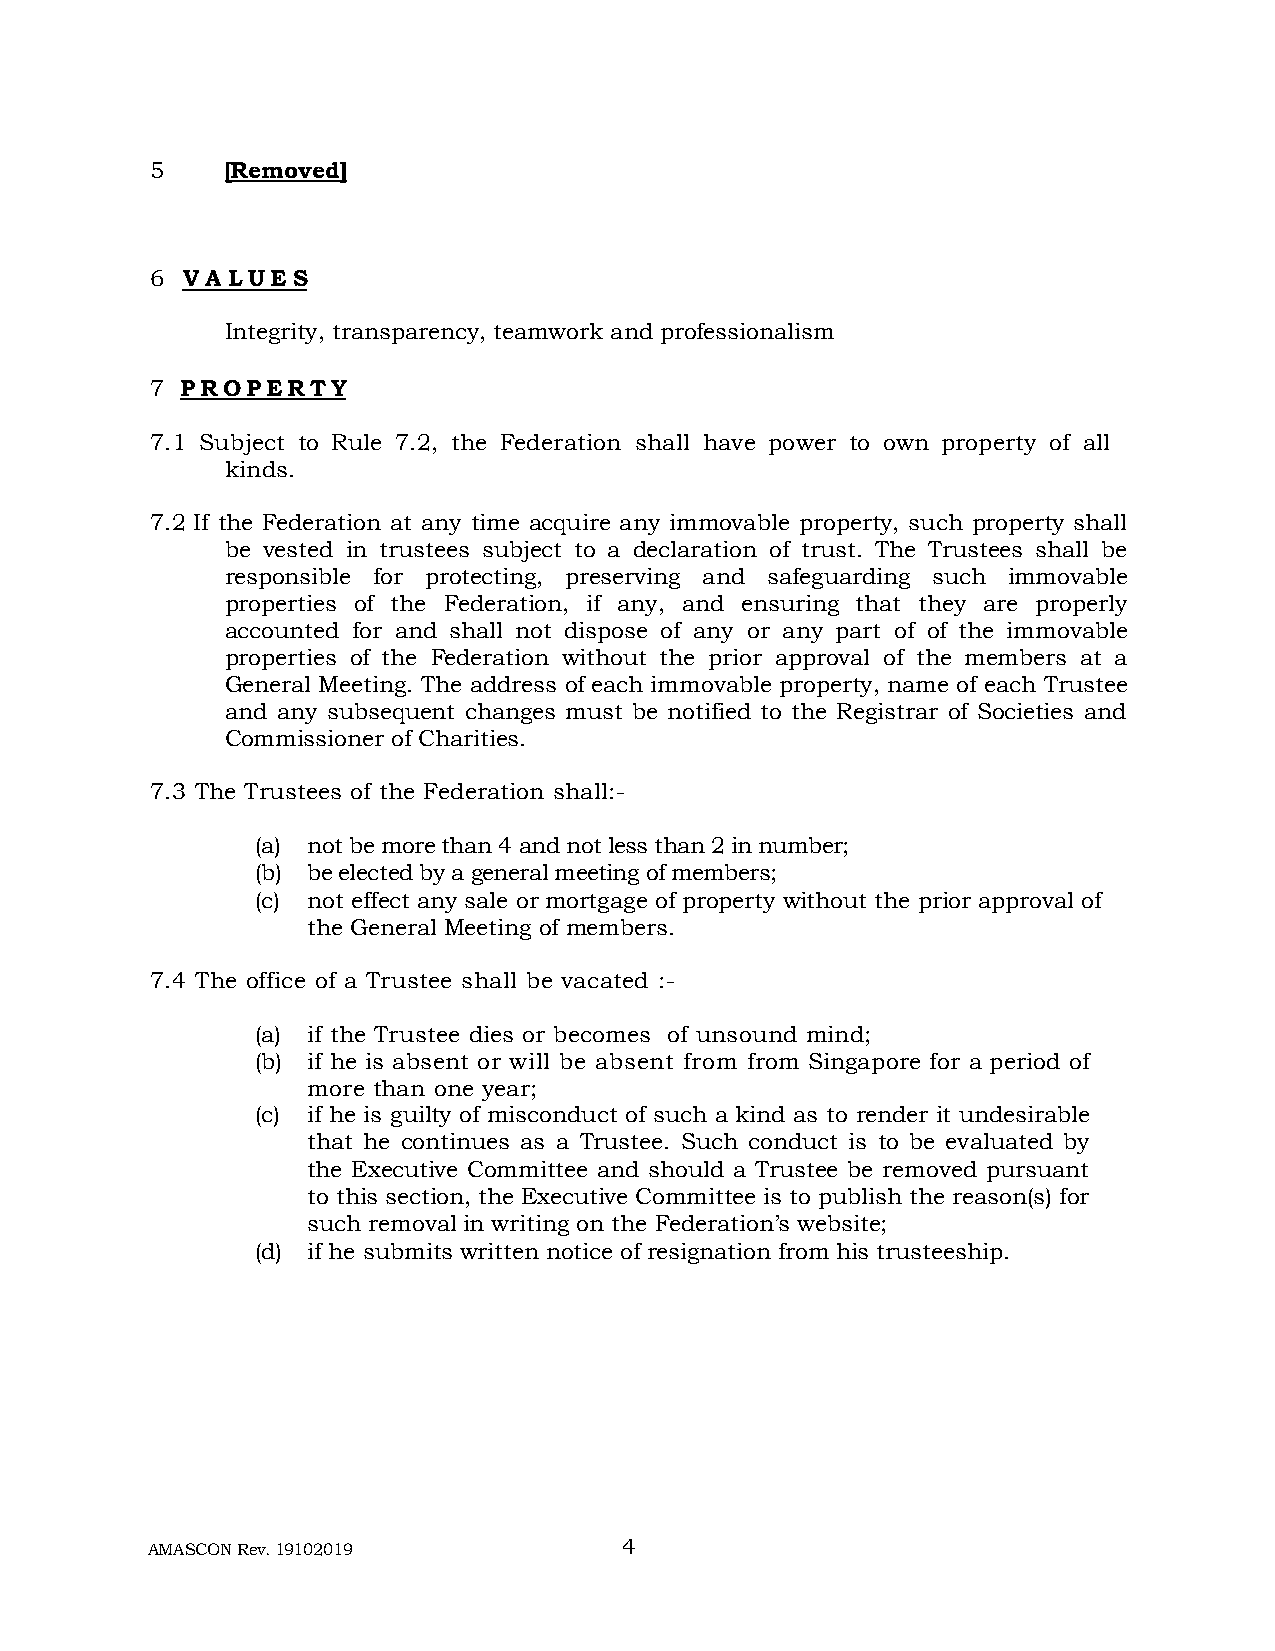
5    [Removed]
 6 V A L U E S
 Integrity, transparency, teamwork and professionalism
 7 P R O P E R T Y
 7.1 Subject to Rule 7.2, the Federation shall have power to own property of all
 kinds.
 7.2 If the Federation at any time acquire any immovable property, such property shall
 be vested in trustees subject to a declaration of trust. The Trustees shall be
 responsible for protecting, preserving and safeguarding such immovable
 properties of the Federation, if any, and ensuring that they are properly
 accounted for and shall not dispose of any or any part of of the immovable
 properties of the Federation without the prior approval of the members at a
 General Meeting. The address of each immovable property, name of each Trustee
 and any subsequent changes must be notified to the Registrar of Societies and
 Commissioner of Charities.
 7.3 The Trustees of the Federation shall:-
 (a) not be more than 4 and not less than 2 in number;
 (b) be elected by a general meeting of members;
 (c) not effect any sale or mortgage of property without the prior approval of
 the General Meeting of members.
 7.4 The office of a Trustee shall be vacated :-
 (a) if the Trustee dies or becomes of unsound mind;
 (b) if he is absent or will be absent from from Singapore for a period of
 more than one year;
 (c) if he is guilty of misconduct of such a kind as to render it undesirable
 that he continues as a Trustee. Such conduct is to be evaluated by
 the Executive Committee and should a Trustee be removed pursuant
 to this section, the Executive Committee is to publish the reason(s) for
 such removal in writing on the Federation’s website;
 (d) if he submits written notice of resignation from his trusteeship.
 AMASCON Rev. 19102019          4